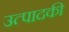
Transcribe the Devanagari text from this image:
उत्पादकी